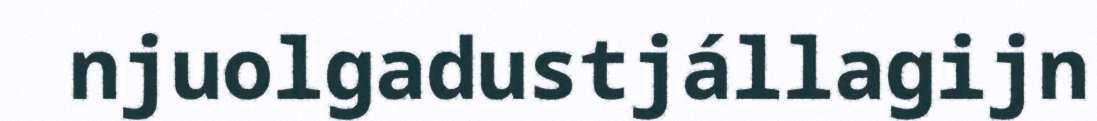
njuolgadustjállagijn